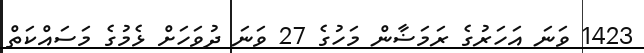
1423 ވަނަ އަހަރުގެ ރަމަޟާން މަހުގެ 27 ވަނަ ދުވަހަށް ޅެމުގެ މަަސައްކަތް